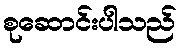
စုဆောင်းပါသည်